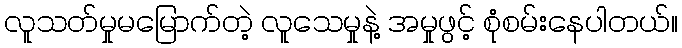
လူသတ်မှုမမြောက်တဲ့ လူသေမှုနဲ့ အမှုဖွင့် စုံစမ်းနေပါတယ်။